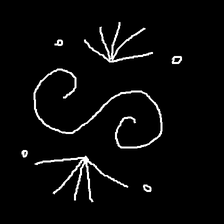
Glyph: aeroform